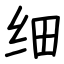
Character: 细